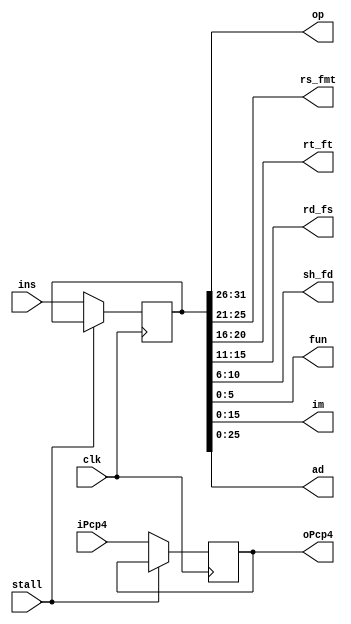
module IFID(clk, iPcp4, ins, oPcp4, op, rs_fmt, rt_ft, rd_fs, sh_fd, fun, im, ad , stall);
    input clk, stall;
    input [31:0] iPcp4;
    input [31:0] ins;
    output [31:0] oPcp4;
    output [5:0] op;
    output [4:0] rs_fmt;
    output [4:0] rt_ft;
    output [4:0] rd_fs;
    output [4:0] sh_fd;
    output [5:0] fun;
    output [15:0] im;
    output [25:0] ad;

    reg [31:0] internal_pcp4;
    reg [31:0] internal_ins;

    assign oPcp4 = internal_pcp4;
    assign op = internal_ins[31:26];
    assign rs_fmt = internal_ins[25:21];
    assign rt_ft = internal_ins[20:16];
    assign rd_fs = internal_ins[15:11];
    assign sh_fd = internal_ins[10:6];
    assign fun = internal_ins[5:0];
    assign im = internal_ins[15:0];
    assign ad = internal_ins[25:0];


    initial begin
        internal_pcp4 = 32'b0;
        internal_ins = 32'b0;   
    end

    always @(posedge clk) begin
		if (~stall) begin	
            internal_pcp4 <= iPcp4;
            internal_ins <= ins;
        end
    end

endmodule